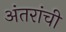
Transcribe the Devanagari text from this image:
अंतरांची